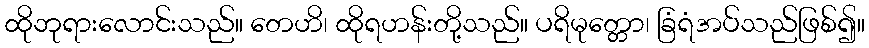
ထိုဘုရားလောင်းသည်။ တေဟိ၊ ထိုရဟန်းတို့သည်။ ပရိမုတ္တော၊ ခြံရံအပ်သည်ဖြစ်၍။